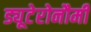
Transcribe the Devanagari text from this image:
ड्यूटेरोनौमी